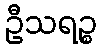
ဦသရဉ္စ